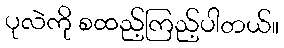
ပုလဲကို စထည့်ကြည့်ပါတယ်။